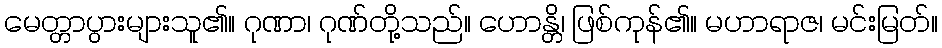
မေတ္တာပွားများသူ၏။ ဂုဏာ၊ ဂုဏ်တို့သည်။ ဟောန္တိ၊ ဖြစ်ကုန်၏။ မဟာရာဇ၊ မင်းမြတ်။